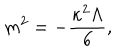
m ^ { 2 } = - \frac { \kappa ^ { 2 } \Lambda } { 6 } ,